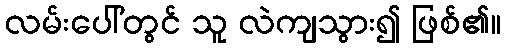
လမ်းပေါ်တွင် သူ လဲကျသွား၍ ဖြစ်၏။